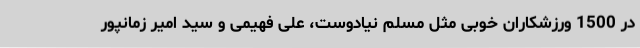
در 1500 ورزشکاران خوبی مثل مسلم نیادوست، علی فهیمی و سید امیر زمانپور